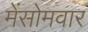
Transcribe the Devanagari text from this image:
मेंसोमवार